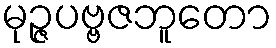
မုဉ္ဇပဗ္ဗဇဘူတော